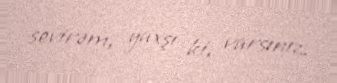
sevirəm, yaxşı ki, varsınız.